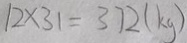
1 2 \times 3 1 = 3 7 2 ( k g )